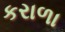
કરાળા